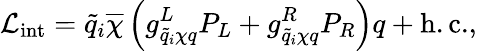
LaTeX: {\cal L}_{\mathrm{int}}=\tilde{q}_{i}\overline{{{\chi}}}\left(g_{\tilde{q}_{i}\chi q}^{L}P_{L}+g_{\tilde{q}_{i}\chi q}^{R}P_{R}\right)q+\mathrm{h.c.},